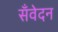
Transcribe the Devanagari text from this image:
सँवेदन